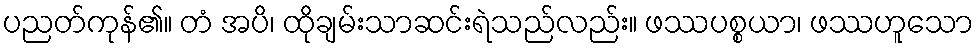
ပညတ်ကုန်၏။ တံ အပိ၊ ထိုချမ်းသာဆင်းရဲသည်လည်း။ ဖဿပစ္စယာ၊ ဖဿဟူသော